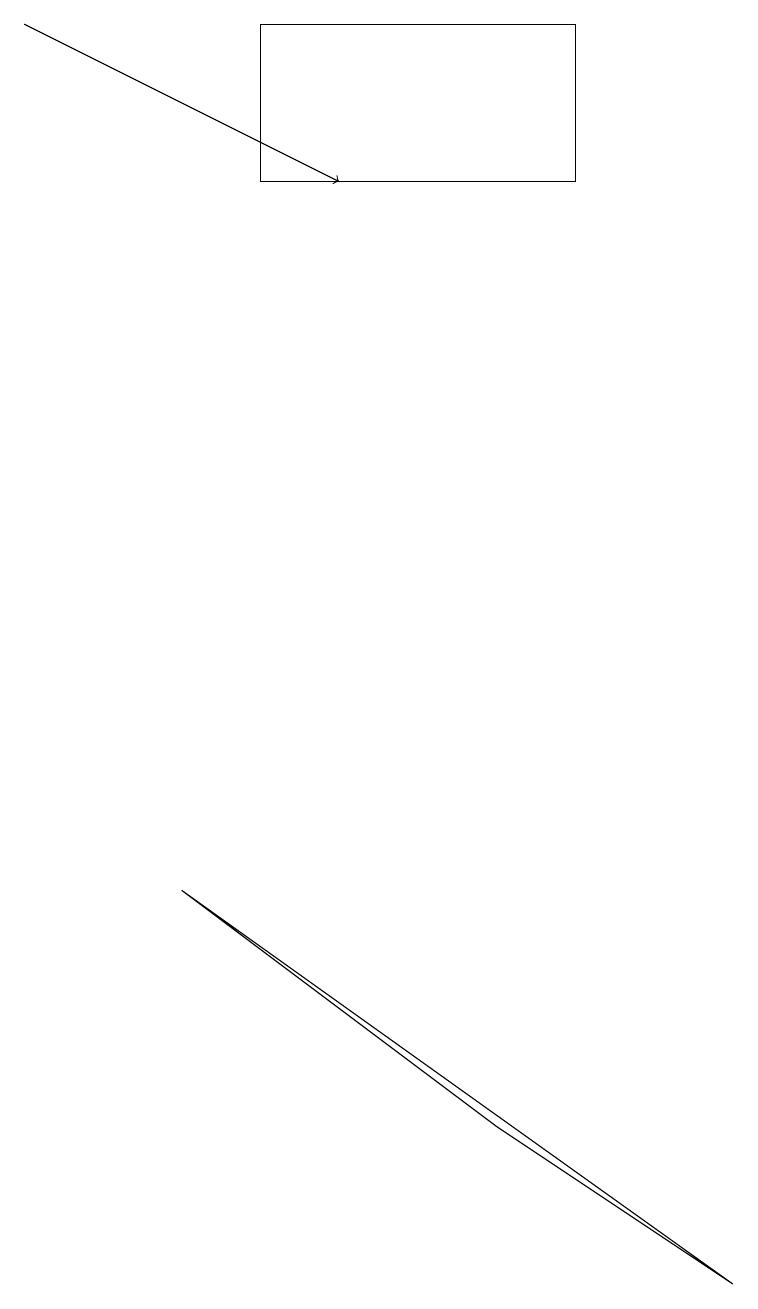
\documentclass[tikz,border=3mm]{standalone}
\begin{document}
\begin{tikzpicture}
\draw[->] (0,17) -- (4,15);
\draw (9,1) -- (6,3) -- (2,6) -- cycle;
\draw (3,15) rectangle (7,17);
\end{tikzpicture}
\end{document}